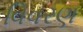
વિવરણ